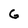
Character: G